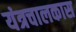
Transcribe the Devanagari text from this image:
यंत्रचालकास